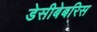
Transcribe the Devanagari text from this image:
डेसीबेबरिस